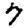
Digit: 7